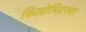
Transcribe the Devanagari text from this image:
किलोमिटरवर